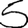
Digit: 5